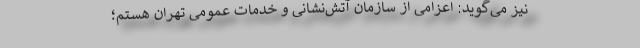
نیز می‌گوید: اعزامی از سازمان آتش‌نشانی و خدمات عمومی تهران هستم؛